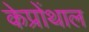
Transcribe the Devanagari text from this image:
केप्रोंथाल